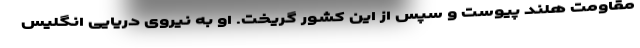
مقاومت هلند پیوست و سپس از این کشور گریخت. او به نیروی دریایی انگلیس